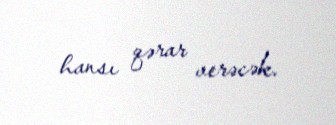
hansı qərar verəcək.